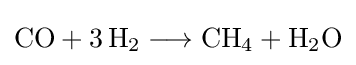
{\mathrm {CO} {}+{}3\,\mathrm {H} {\vphantom {A}}_{\smash[{t}]{2}}{}\mathrel {\longrightarrow } {}\mathrm {CH} {\vphantom {A}}_{\smash[{t}]{4}}{}+{}\mathrm {H} {\vphantom {A}}_{\smash[{t}]{2}}\mathrm {O} }